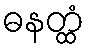
ဓနတ္ထံ